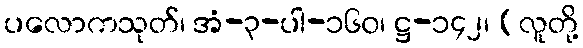
ပလောကသုတ်၊ အံ-၃-ပါ-၁၆၀၊ ဋ္ဌ-၁၄၂၊ (လူတို့